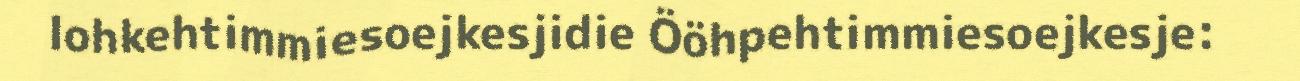
lohkehtimmiesoejkesjidie Ööhpehtimmiesoejkesje: